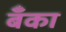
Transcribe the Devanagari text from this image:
बॅँका